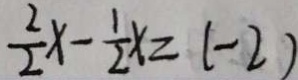
\frac { 2 } { 2 } x - \frac { 1 } { 2 } x = ( - 2 )